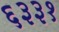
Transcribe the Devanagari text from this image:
६३३१